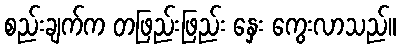
စည်းချက်က တဖြည်းဖြည်း နှေး ကွေးလာသည်။